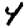
Digit: 4